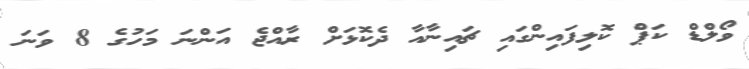
ވޯލްޑް ކަޕް ކޮލިފައިންގައި ޗައިނާއާ ދެކޮޅަށް ރާއްޖެ އަންނަ މަހުގެ 8 ވަނަ